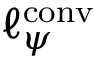
\ell _ { \psi } ^ { \mathrm { { c o n v } } }